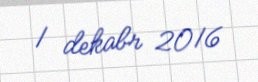
1 dekabr 2016